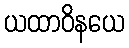
ယထာဝိနယေ